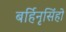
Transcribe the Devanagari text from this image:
बर्हिनृसिंहो